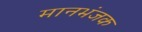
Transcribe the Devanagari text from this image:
मानभंजक